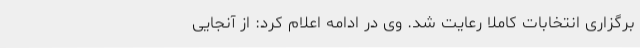
برگزاری انتخابات کاملا رعایت شد. وی در ادامه اعلام کرد: از آنجایی